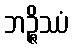
ဘဉ္ဇိဿံ